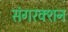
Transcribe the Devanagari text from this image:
संगरक्शन